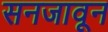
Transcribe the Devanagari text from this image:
सनजावून